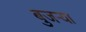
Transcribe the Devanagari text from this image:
बुजऱ्या